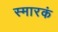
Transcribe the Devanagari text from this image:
स्मारकं